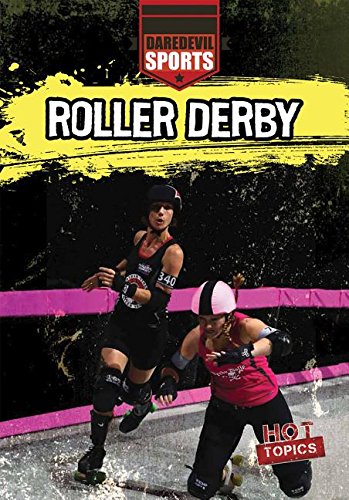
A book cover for Roller Derby (Daredevil Sports); Demi Jackson; Sports & Outdoors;